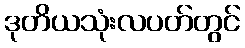
ဒုတိယသုံးလပတ်တွင်